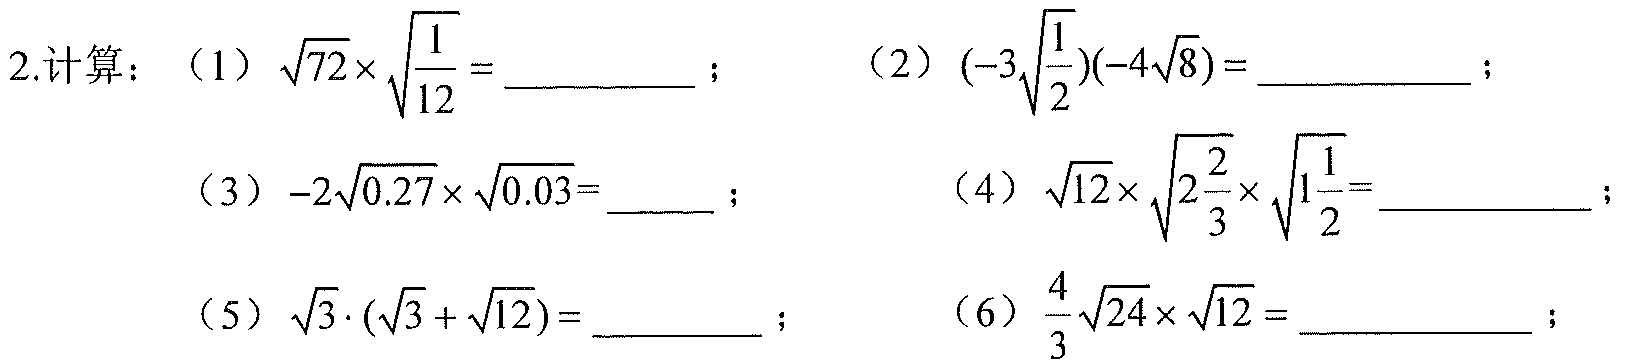
2.计算：（1）\(\sqrt{72}\times\sqrt{\frac{1}{12}}=\underline{\quad\quad}\)； （2）\((-3\sqrt{\frac{1}{2}})(-4\sqrt{8})=\underline{\quad\quad}\)；
（3）\(-2\sqrt{0.27}\times\sqrt{0.03}=\underline{\quad}\)； （4）\(\sqrt{12}\times\sqrt{2\frac{2}{3}}\times\sqrt{1\frac{1}{2}}=\underline{\quad\quad}\)；
（5）\(\sqrt{3}\cdot(\sqrt{3}+\sqrt{12})=\underline{\quad\quad}\)； （6）\(\frac{4}{3}\sqrt{24}\times\sqrt{12}=\underline{\quad\quad}\)；